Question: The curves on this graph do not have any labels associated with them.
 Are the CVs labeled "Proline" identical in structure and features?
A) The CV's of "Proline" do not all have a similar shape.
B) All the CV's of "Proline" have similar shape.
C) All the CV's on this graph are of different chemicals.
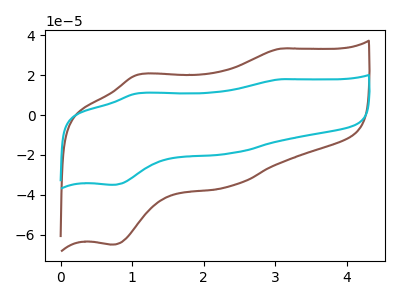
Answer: <think>The brown curve "brown" has anodic peaks at (3.05V, 33.30uA) (1.05V, 20.20uA) and cathodic peaks at (2.35V, -35.90uA) (0.70V, -64.95uA). The cyan curve "cyan" has anodic peaks at (3.05V, 17.95uA) (1.05V, 10.85uA) and cathodic peaks at (2.35V, -19.30uA) (0.70V, -35.00uA).
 All the peaks in "brown" have a peak in "cyan" at the same potential. Every peak in "brown" is higher than every peak in "cyan".</think>
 <answer>B) All the CV's of "Proline" have similar shape.</answer>
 <eval>B</eval>